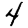
Digit: 4